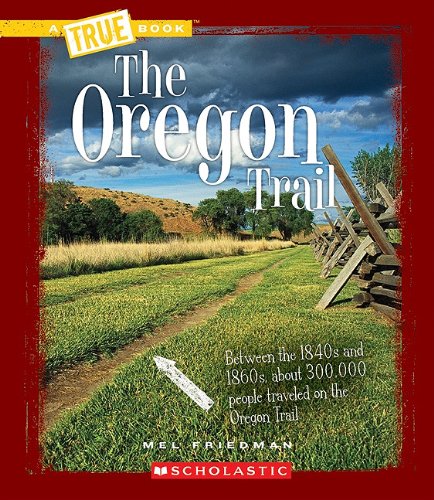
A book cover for The Oregon Trail (True Books); Mel Friedman; Children's Books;